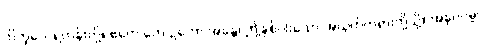
ဘိက္ခဝေ၊ ရဟန်းတို့။ ဧတေ တေ ဥဘော အန္တေ၊ ဤနှစ်ပါးသော အယုတ်တရားတို့သို့။ အနုပဂမ္မ၊